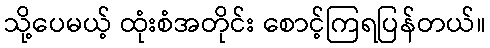
သို့ပေမယ့် ထုံးစံအတိုင်း စောင့်ကြရပြန်တယ်။